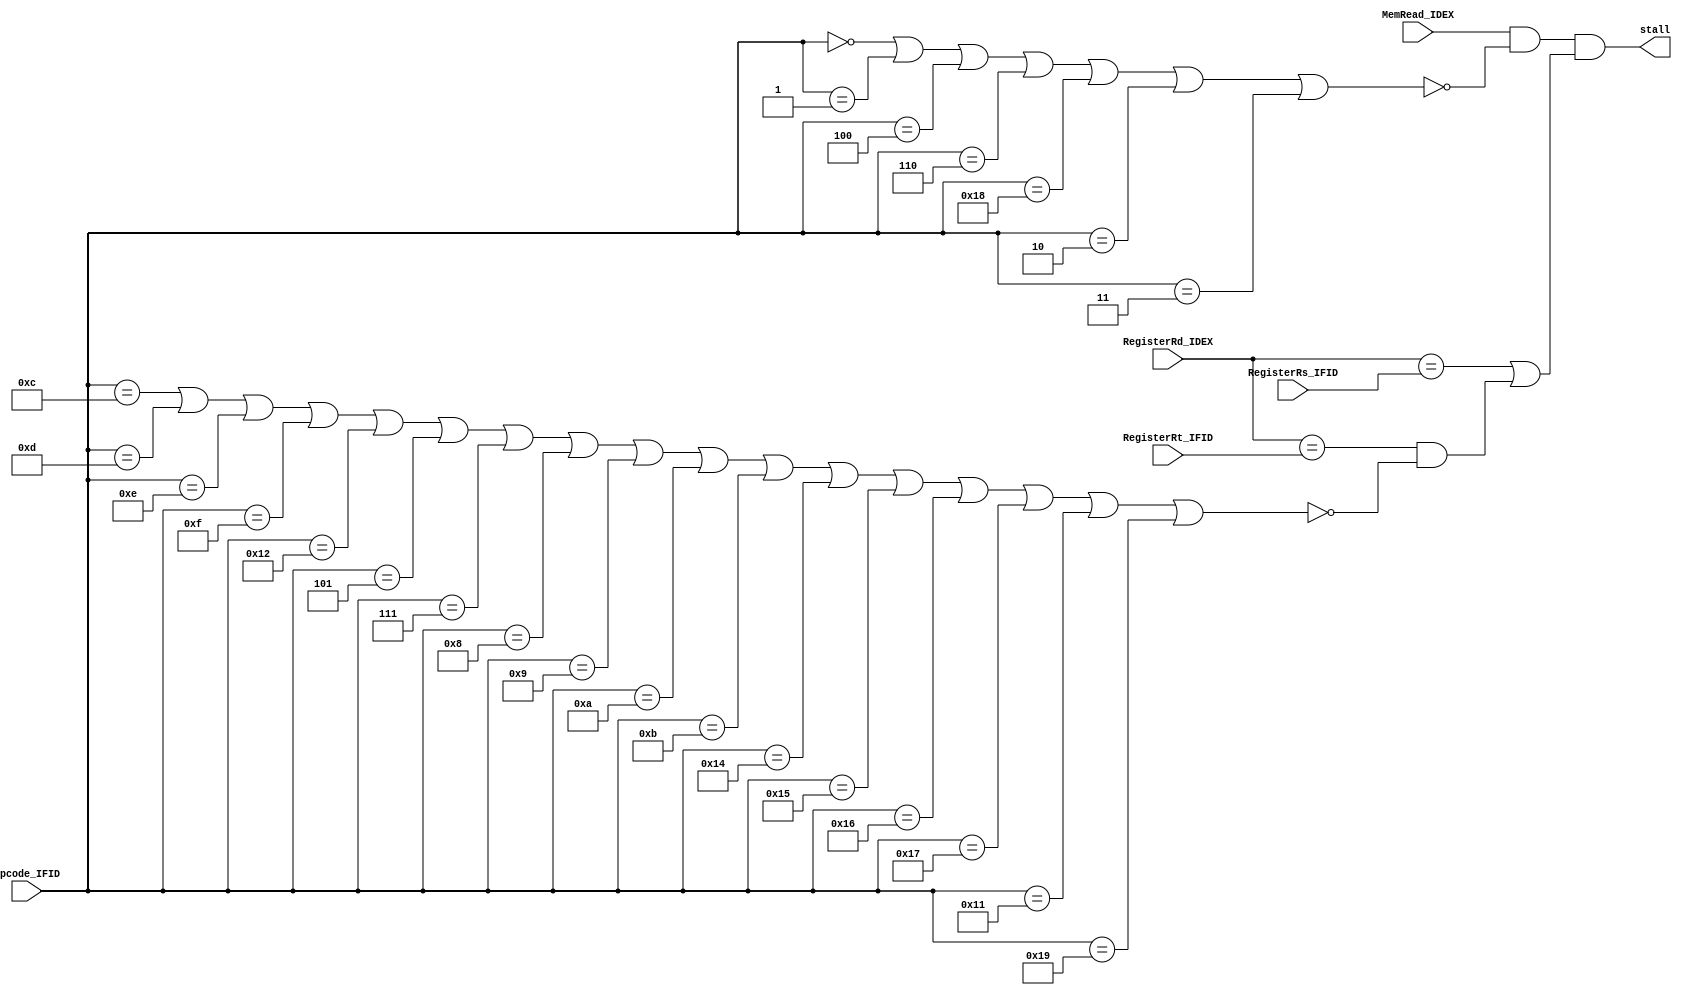
module hazard_detection_unit(
    //inputs
    input MemRead_IDEX,
    input [2:0] RegisterRd_IDEX,
    input [2:0] RegisterRs_IFID,
    input [2:0] RegisterRt_IFID,
    input [4:0] Opcode_IFID,
    //outputs
    output stall
);
    
    //In phase 2.2, when stall_memory in fetch, every time fetching a new instruction, the inst_mem_stall will interact with "hazard stall"
    //Since in phase 2, we have a perfect memory which has no stall
    //Therefore, we should remove I/J format from phase 2 HDU detection
    wire JFormat_IFID, IFormat_IFID;
    //Jformat has no Rs and Rt
    assign JFormat_IFID =   (Opcode_IFID == 5'b00000) |   //check for HALT
                            (Opcode_IFID == 5'b00001) |   //check for NOP
                            (Opcode_IFID == 5'b00100) |   //check for J
                            (Opcode_IFID == 5'b00110) |   //check for JAL
                            (Opcode_IFID == 5'b11000) |   //check for LBI, write to Rs, no reading from registers
                            //extra credits
                            (Opcode_IFID == 5'b00010) |   //check for SIIC
                            (Opcode_IFID == 5'b00011);    //check for RTI

    //Iformat has no Rt
    assign IFormat_IFID =   //01100 sss iiiiiiii
                            (Opcode_IFID == 5'b01100) |   //check for BEQZ
                            (Opcode_IFID == 5'b01101) |   //check for BNEZ
                            (Opcode_IFID == 5'b01110) |   //check for BLTZ
                            (Opcode_IFID == 5'b01111) |   //check for BGEZ
                            (Opcode_IFID == 5'b10010) |   //check for SLBI, reading and writing Rs
                            (Opcode_IFID == 5'b00101) |   //check for JR
                            (Opcode_IFID == 5'b00111) |   //check for JALR
                            //-------------------------------------------------------------------------//
                            //01000 sss ddd iiiii
                            (Opcode_IFID == 5'b01000) |   //check for ADDI
                            (Opcode_IFID == 5'b01001) |   //check for SUBI
                            (Opcode_IFID == 5'b01010) |   //check for XORI
                            (Opcode_IFID == 5'b01011) |   //check for ANDNI
                            (Opcode_IFID == 5'b10100) |   //check for ROLI
                            (Opcode_IFID == 5'b10101) |   //check for SLLI
                            (Opcode_IFID == 5'b10110) |   //check for RORI
                            (Opcode_IFID == 5'b10111) |   //check for SRLI
                            //(Opcode_IFID == 5'b10000) |   //check for ST, reading from Rs, Rd
                            (Opcode_IFID == 5'b10001) |   //check for LD
                            //(Opcode_IFID == 5'b10011) |   //check for STu, reading from Rs, Rd
                            //BTR 11001 sss xxx ddd xx
                            (Opcode_IFID == 5'b11001);    //check for BTR
                            //-------------------------------------------------------------------------//
                            
    //This is the only stall situation when forwarding is correctly implemented and forwarding decision is solved by Execution Stage
    assign stall =  (MemRead_IDEX)  & 
                    ~JFormat_IFID   & 
                    //~IFormat_no_Rs_Rt_IFID  &
                    ( (RegisterRd_IDEX == RegisterRs_IFID) | ((RegisterRd_IDEX == RegisterRt_IFID) & ~IFormat_IFID) );

endmodule